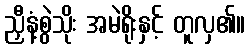
ညှီနံ့စွဲသိုး အမဲရိုးနှင့် တူလှ၏။